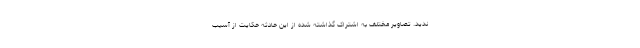
ندید. تصاویر مختلف به اشتراک گذاشته شده از این حادثه حکایت از آسیب